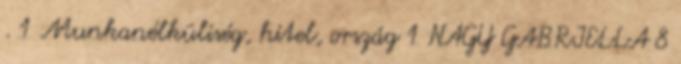
. 1 Munkanélküliség, hitel, ország 1 NAGY GABRIELLA 8